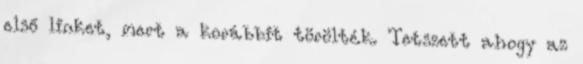
első linket, mert a korábbit törölték. Tetszett ahogy az